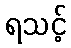
ရသင့်